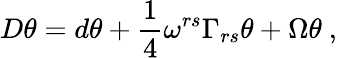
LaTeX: D\theta=d\theta+\frac{1}{4}\omega^{rs}\Gamma_{rs}\theta+\Omega\theta~,